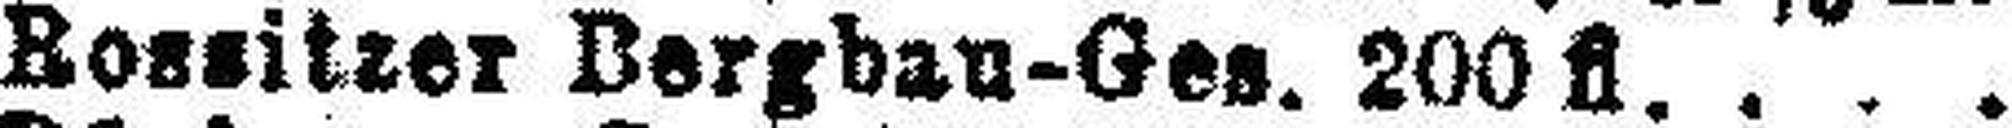
Rossitzer Bergbau-Ges. 200fl.